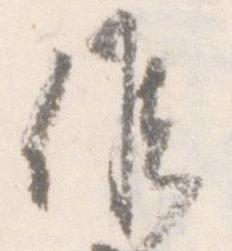
候